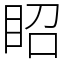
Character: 眧